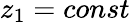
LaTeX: z_{1}=const